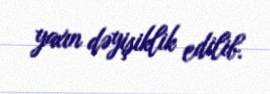
yaxın dəyişiklik edilib.